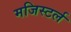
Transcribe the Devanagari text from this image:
मजिस्टर्ल